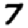
Digit: 7